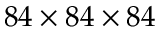
8 4 \times 8 4 \times 8 4